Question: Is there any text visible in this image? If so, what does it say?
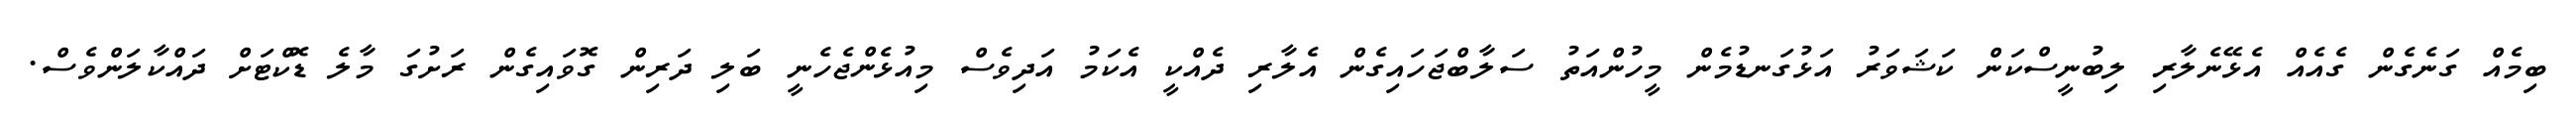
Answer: ބިމެއް ގަނެގެން ގެއެއް އެޅޭނެލާރި ލިބުނީސްކަން ކަޝަވަރު އަޅުގަނޑުމެން މީހުންއަތު ސަލާބްޖަހައިގެން އެލާރި ދެއްކީ އެކަމު އަދިވެސް މިއުޅެންޖެހެނީ ބަލި ދަރިން ގޮވައިގެން ރަށުގަ މާލެ ޑޮކްޓަށް ދައްކާލަންވެސް.